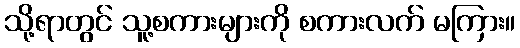
သို့ရာတွင် သူ့စကားများကို စကားလက် မကြား။